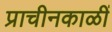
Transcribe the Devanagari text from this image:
प्राचीनकाळीं